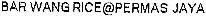
BAR WANG RICE @PERMAS JAYA